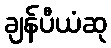
ချန်ပီယံဆု